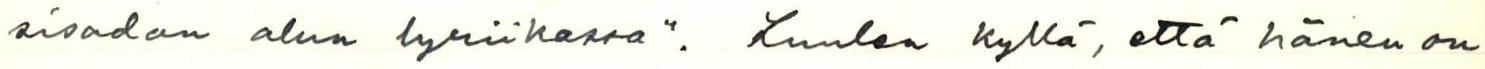
sisadan alun lyriikassa". Luulen kyllä, että hänen on